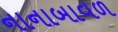
નાનાબાવળ